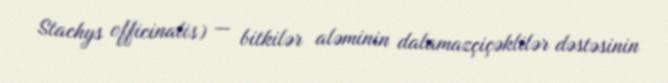
Stachys officinalis) — bitkilər aləminin dalamazçiçəklilər dəstəsinin